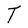
Character: T